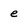
Character: e